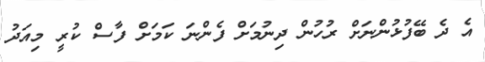
އެ ދެ ބޭފުޅުންނަށް ރުހުން ދިނުމަށް ފެންނަ ކަމަށް ފާސް ކުރީ މިއަދު